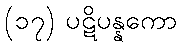
(၁၇) ပဋိပန္နကော